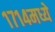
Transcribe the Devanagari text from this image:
१७१४मध्ये